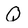
Character: Q